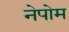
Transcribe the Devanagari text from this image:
नेपोम